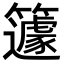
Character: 籧